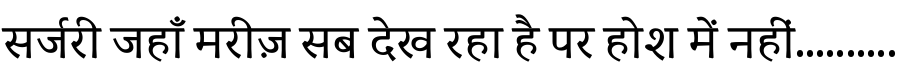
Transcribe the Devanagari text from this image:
सर्जरी जहाँ मरीज़ सब देख रहा है पर होश में नहीं..........